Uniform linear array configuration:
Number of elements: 48
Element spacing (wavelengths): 1
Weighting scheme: kaiser
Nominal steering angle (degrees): -60
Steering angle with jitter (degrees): -59.617
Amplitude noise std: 0.05
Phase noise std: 0.05

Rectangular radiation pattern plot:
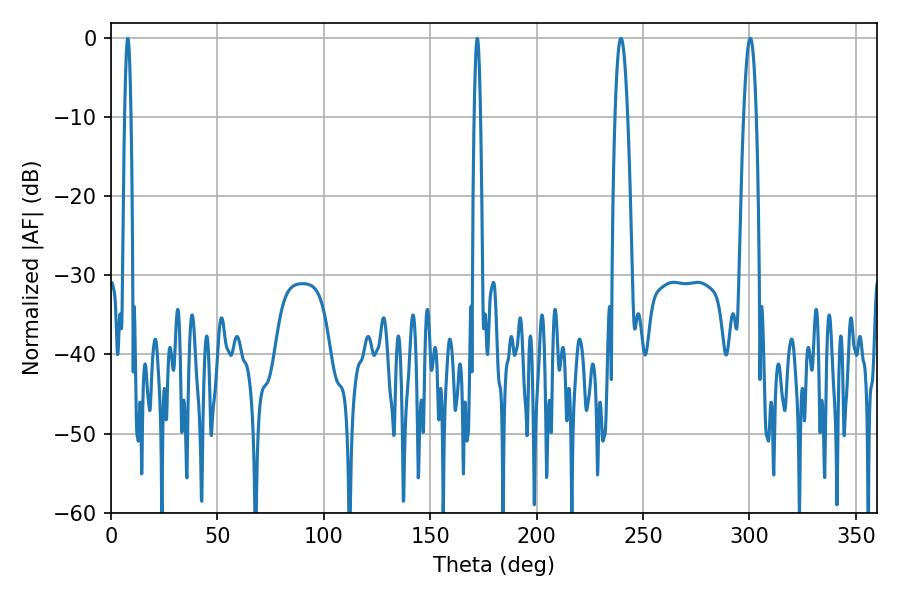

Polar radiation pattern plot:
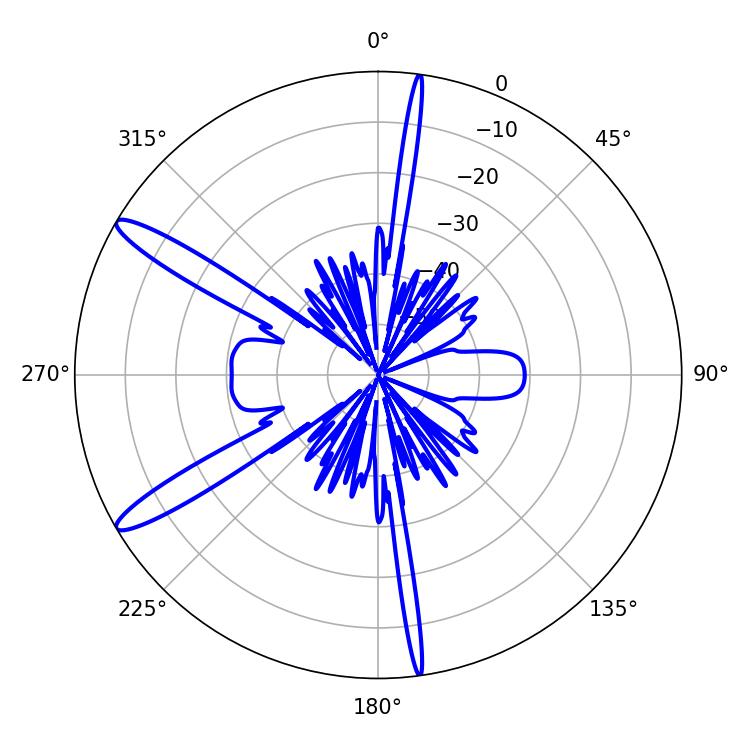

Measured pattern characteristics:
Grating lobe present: TRUE
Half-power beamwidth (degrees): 3.06
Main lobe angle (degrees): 239.58